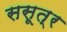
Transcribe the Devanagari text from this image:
ससूत्र